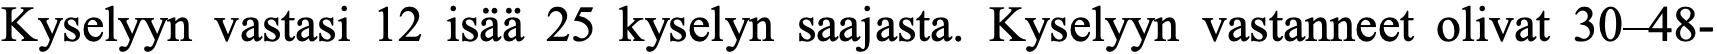
Kyselyyn vastasi 12 isää 25 kyselyn saajasta. Kyselyyn vastanneet olivat 30–48-